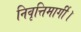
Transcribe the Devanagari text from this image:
निवृत्तिमार्गी।